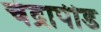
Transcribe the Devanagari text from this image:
चंद्रापीड